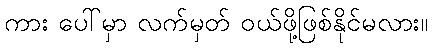
ကား ပေါ်မှာ လက်မှတ် ဝယ်ဖို့ဖြစ်နိုင်မလား။